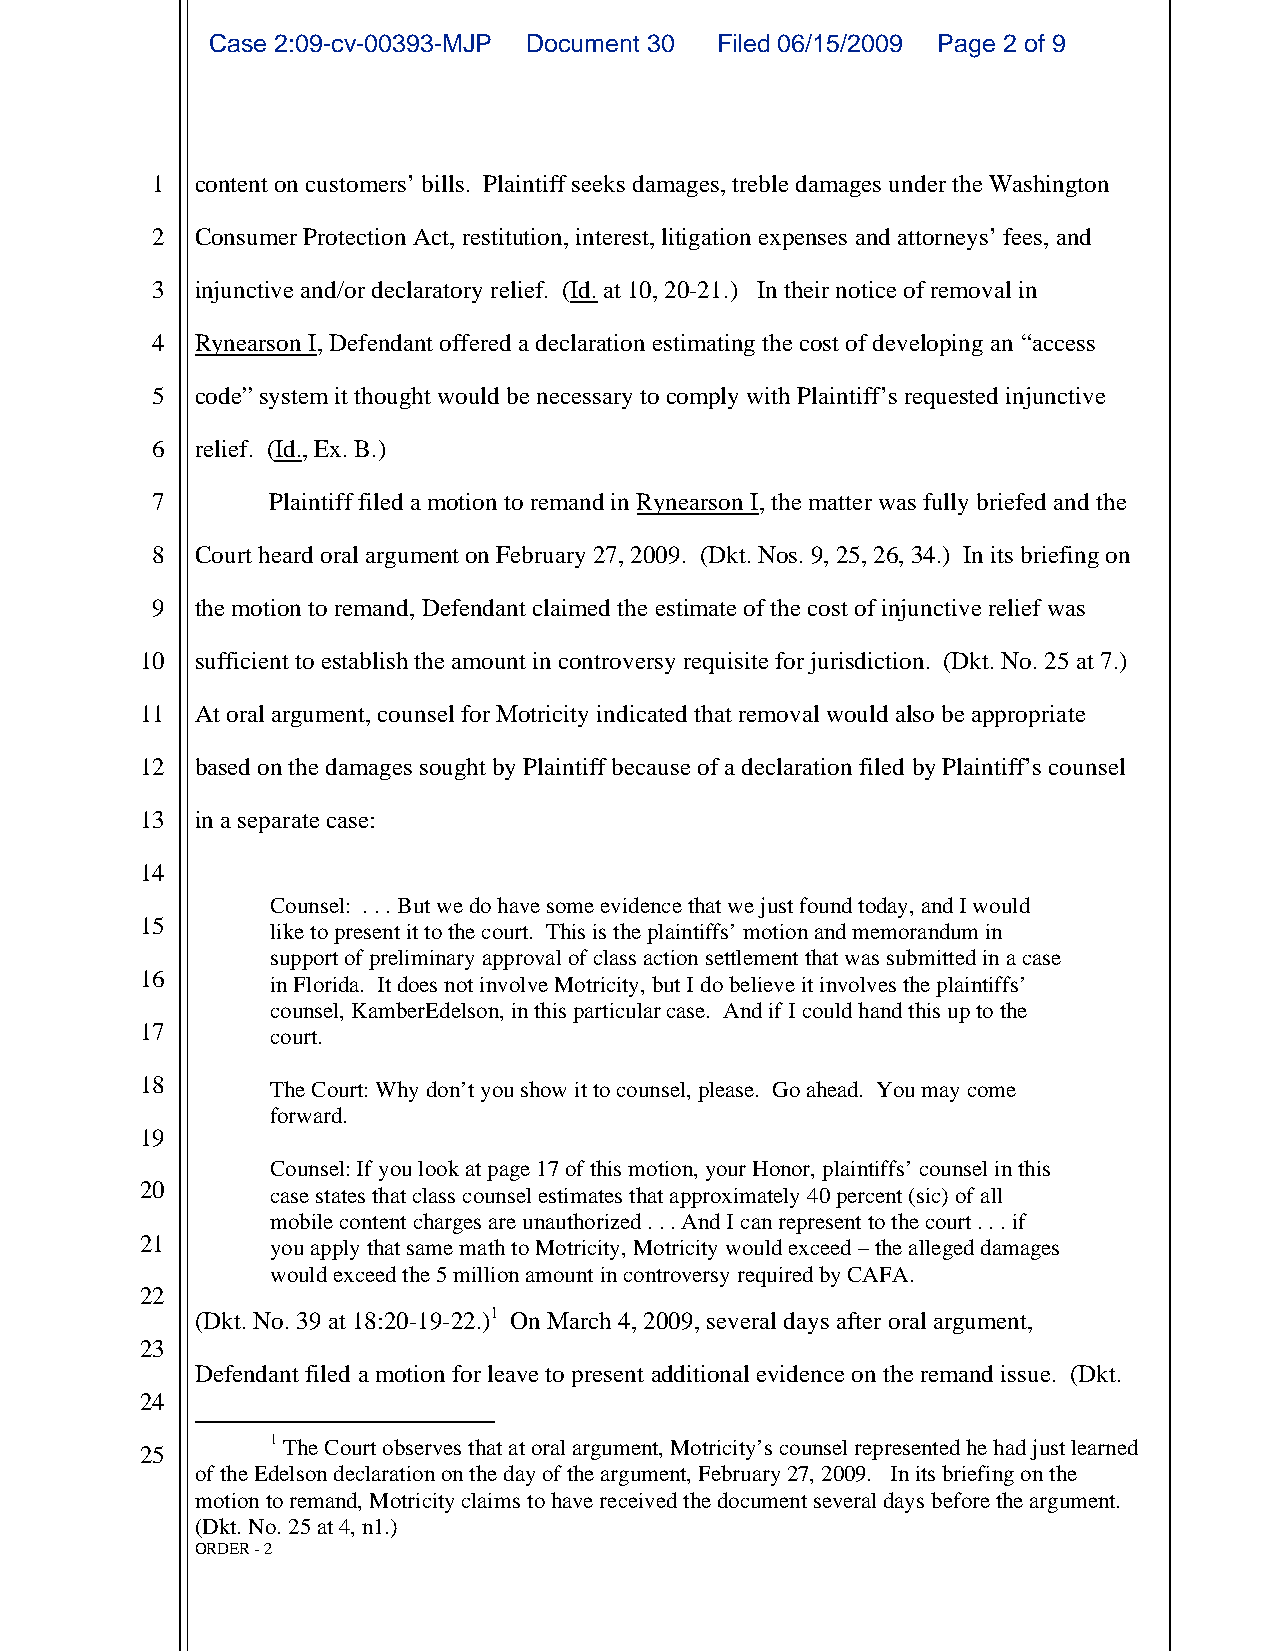
Case 2:09-cv-00393-MJP Document 30 Filed 06/15/2009 Page 2 of 9
 1  content on customers’ bills. Plaintiff seeks damages, treble damages under the Washington
 2  Consumer Protection Act, restitution, interest, litigation expenses and attorneys’ fees, and
 3  injunctive and/or declaratory relief. (Id. at 10, 20-21.) In their notice of removal in
 4  Rynearson I, Defendant offered a declaration estimating the cost of developing an “access
 5  code” system it thought would be necessary to comply with Plaintiff’s requested injunctive
 6  relief. (Id., Ex. B.)
 7       Plaintiff filed a motion to remand in Rynearson I, the matter was fully briefed and the
 8  Court heard oral argument on February 27, 2009. (Dkt. Nos. 9, 25, 26, 34.) In its briefing on
 9  the motion to remand, Defendant claimed the estimate of the cost of injunctive relief was
 10  sufficient to establish the amount in controversy requisite for jurisdiction. (Dkt. No. 25 at 7.)
 11  At oral argument, counsel for Motricity indicated that removal would also be appropriate
 12  based on the damages sought by Plaintiff because of a declaration filed by Plaintiff’s counsel
 13  in a separate case:
 14
 Counsel: . . . But we do have some evidence that we just found today, and I would
 15
 like to present it to the court. This is the plaintiffs’ motion and memorandum in
 support of preliminary approval of class action settlement that was submitted in a case
 16
 in Florida. It does not involve Motricity, but I do believe it involves the plaintiffs’
 counsel, KamberEdelson, in this particular case. And if I could hand this up to the
 17
 court.
 18       The Court: Why don’t you show it to counsel, please. Go ahead. You may come
 forward.
 19
 Counsel: If you look at page 17 of this motion, your Honor, plaintiffs’ counsel in this
 20       case states that class counsel estimates that approximately 40 percent (sic) of all
 mobile content charges are unauthorized . . . And I can represent to the court . . . if
 21       you apply that same math to Motricity, Motricity would exceed – the alleged damages
 would exceed the 5 million amount in controversy required by CAFA.
 22
 (Dkt. No. 39 at 18:20-19-22.)1 On March 4, 2009, several days after oral argument,
 23
 Defendant filed a motion for leave to present additional evidence on the remand issue. (Dkt.
 24
 1 The Court observes that at oral argument, Motricity’s counsel represented he had just learned
 25
 of the Edelson declaration on the day of the argument, February 27, 2009. In its briefing on the
 motion to remand, Motricity claims to have received the document several days before the argument.
 (Dkt. No. 25 at 4, n1.)
 ORDER - 2